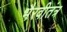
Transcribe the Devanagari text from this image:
भैरवीतंत्र